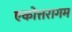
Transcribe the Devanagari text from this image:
एकोत्तरागम